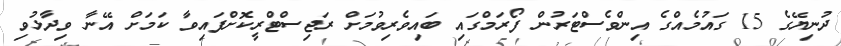
ދުނިޔޭގެ 15 ގައުމެއްގެ އިންވެސްޓަރުން ފޯރަމްގައި ބައިވެރިވުމަށް ރަޖިސްޓްރީކޮށްފައިވާ ކަމަށް އޭނާ ވިދާޅުވި